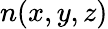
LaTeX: n(x,y,z)